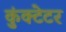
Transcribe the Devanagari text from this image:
कुंक्टेटर